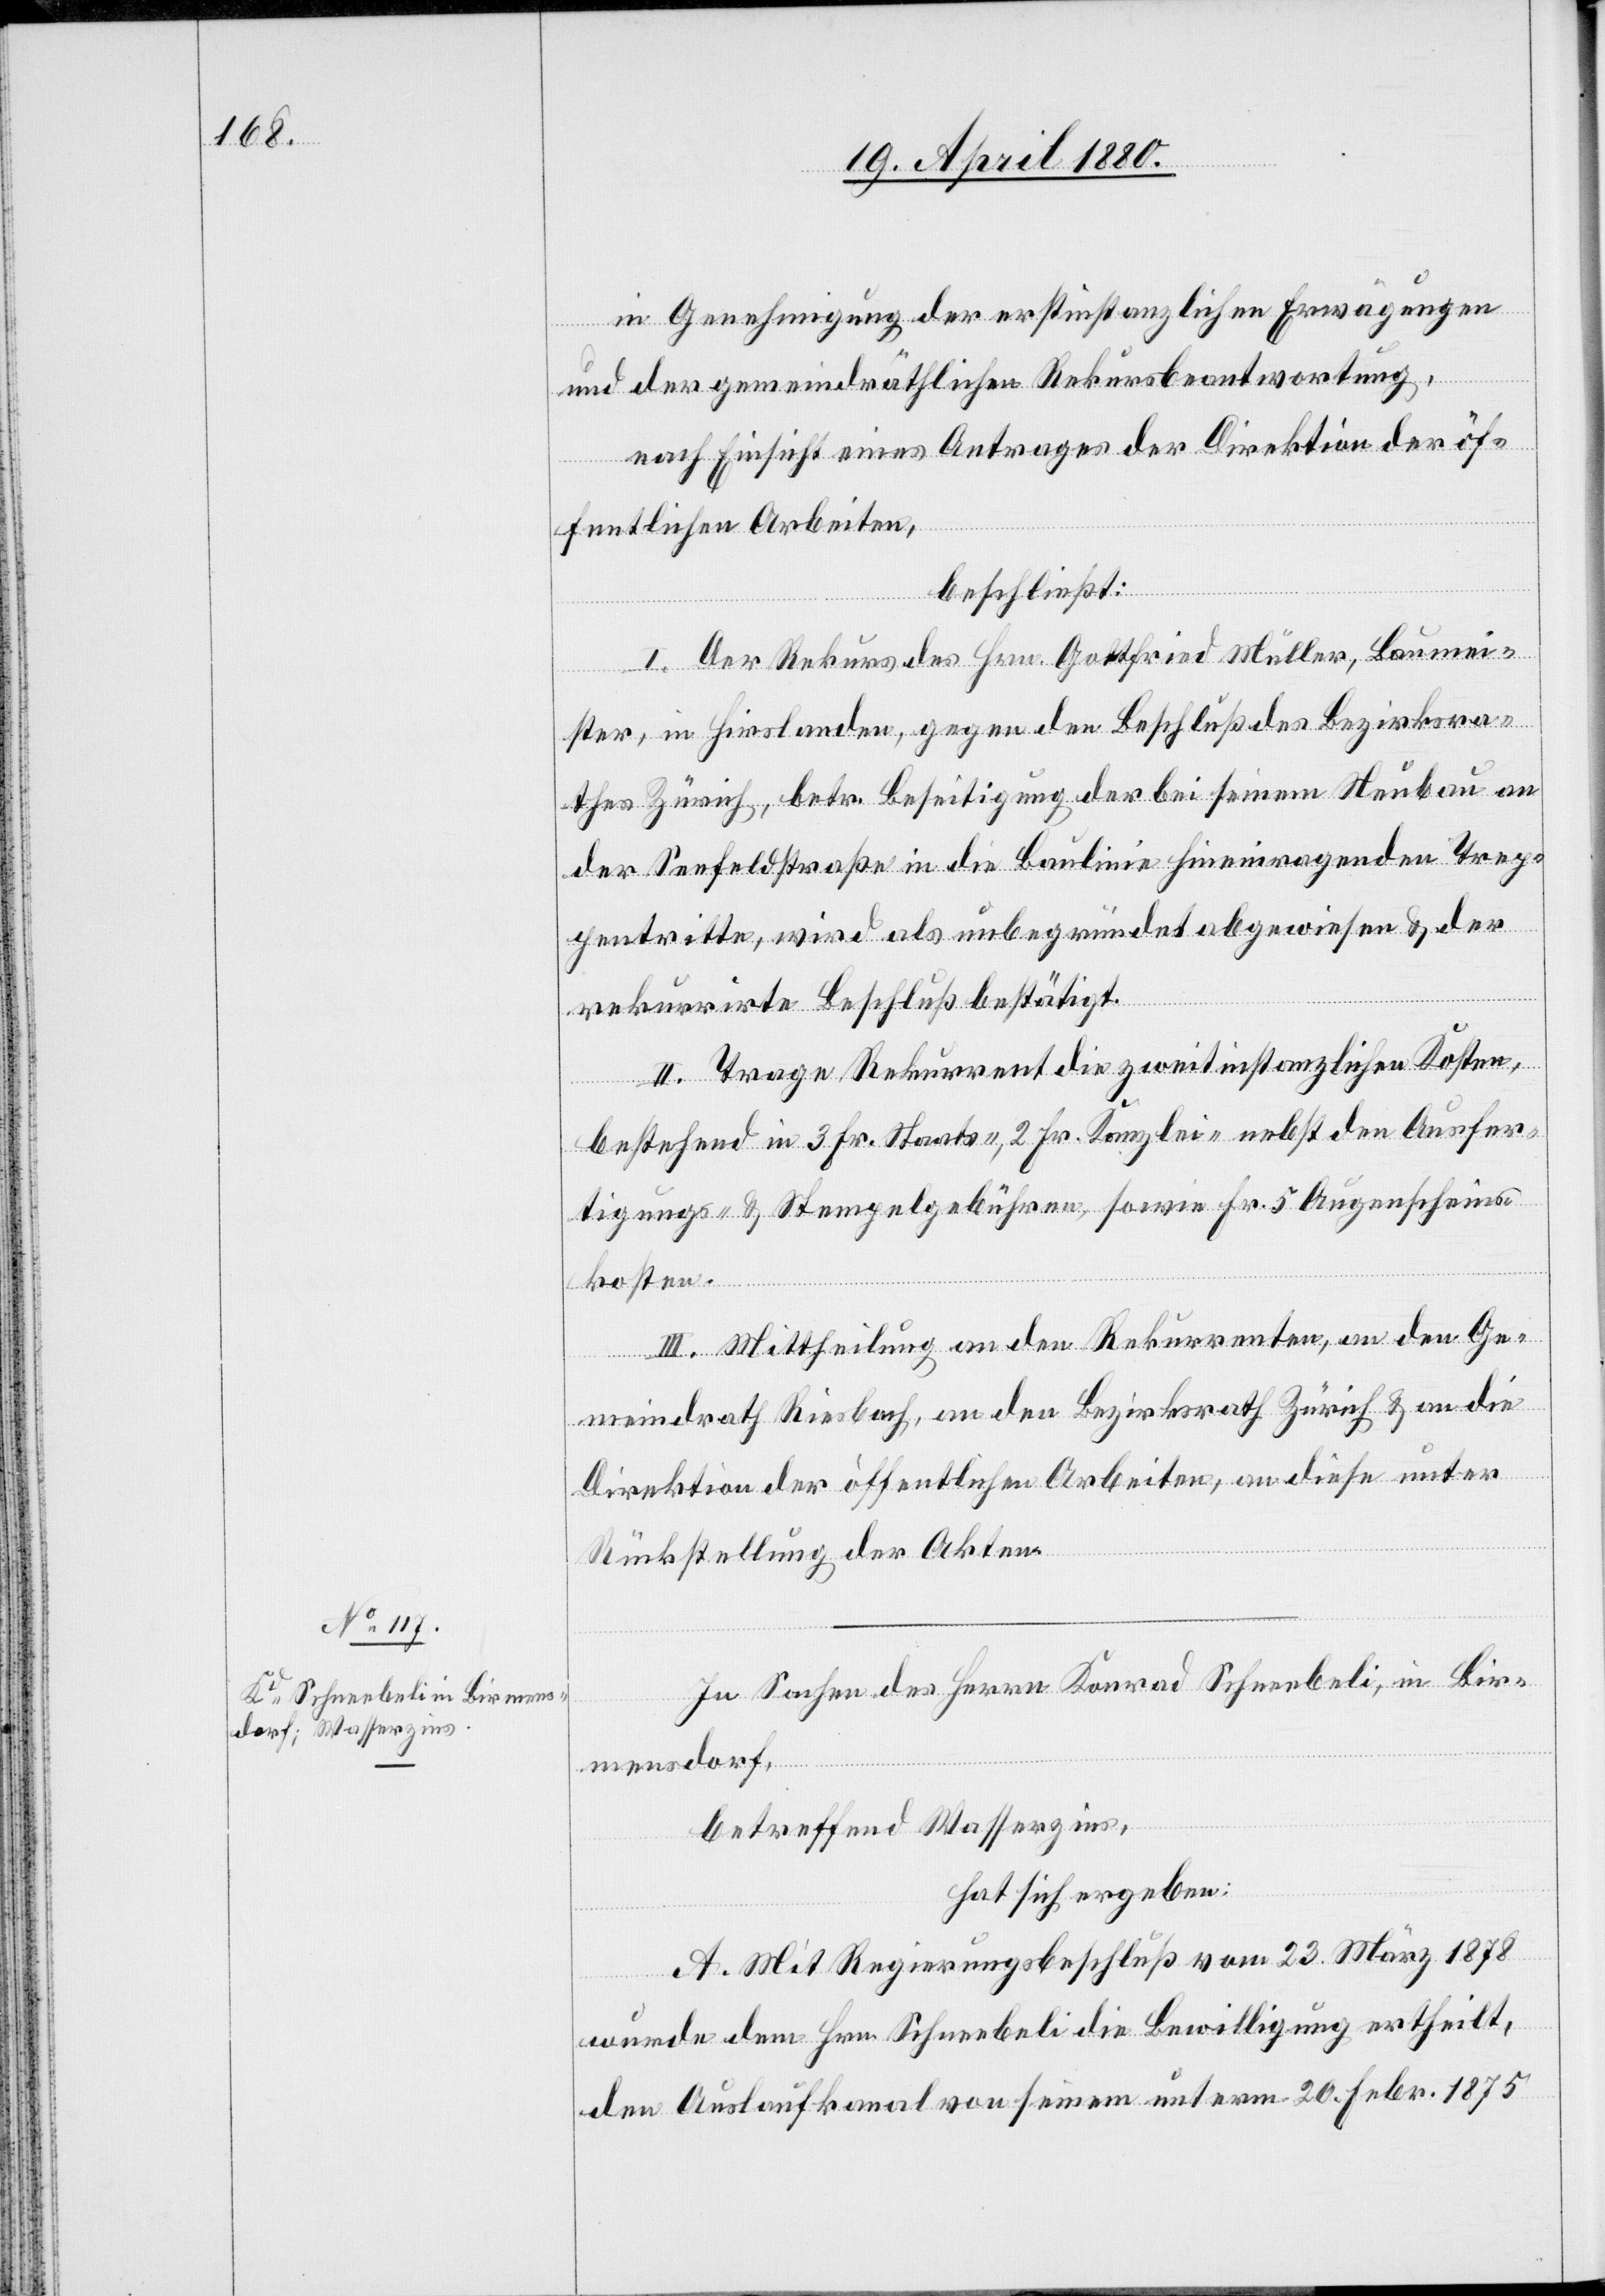
in Genehmigung der erstinstanzlichen Erwägungen
und der gemeindräthlichen Rekursbeantwortung,
nach Einsicht eines Antrages der Direktion der öf¬
fentlichen Arbeiten,
beschließt:
I. Der Rekurs des Hrn. Gottfried Müller, Baumei¬
ster, in Hirslanden, gegen den Beschluß des Bezirksra¬
thes Zürich, betr. Beseitigung der bei seinem Neubau an
der Seefeldstraße in die Baulinie hineinragenden Trep¬
pentritte, wird als unbegründet abgewiesen & der
rekurrirte Beschluß bestätigt.
II. Trage Rekurrent die zweitinstanzlichen Kosten,
bestehend in 3 Fr. Staats-, 2 Fr. Kanzlei- nebst den Ausfer¬
tigungs- & Stempelgebühren, sowie Fr. 5 Augenscheins¬
kosten.
III. Mittheilung an den Rekurrenten, an den Ge¬
meindrath Riesbach, an den Bezirksrath Zürich & an die
Direktion der öffentlichen Arbeiten, an diese unter
Rückstellung der Akten.
In Sachen des Herrn Konrad Schneebeli, in Bir¬
mensdorf,
betreffend Wasserzins,
hat sich ergeben:
A. Mit Regierungsbeschluß vom 23. März 1878
wurde dem Hrn. Schneebeli die Bewilligung ertheilt,
den Auslaufkanal von seinem unterm 20. Febr. 1875